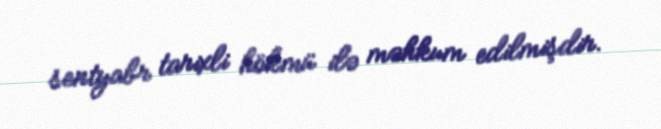
sentyabr tarixli hökmü ilə məhkum edilmişdir.